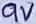
Text: 9V